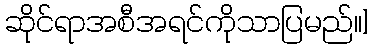
ဆိုင်ရာအစီအရင်ကိုသာပြမည်၊၊]